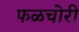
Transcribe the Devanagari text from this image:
फळचोरी